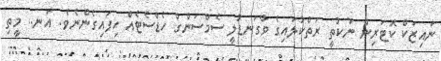
ނައިޒަކް ކޮޓަރިން ނުކުތީ ރަތްކުލައިގެ ވާގަނޑުލީ ސެމްސަންގް ހެޑްސެޓެއް ހިފައިގެންނެވެ. އަނ.. މީތި